Vaccination North-Western Provinces and Oudh 1896-1901 - 1896-1901
Year: 1896
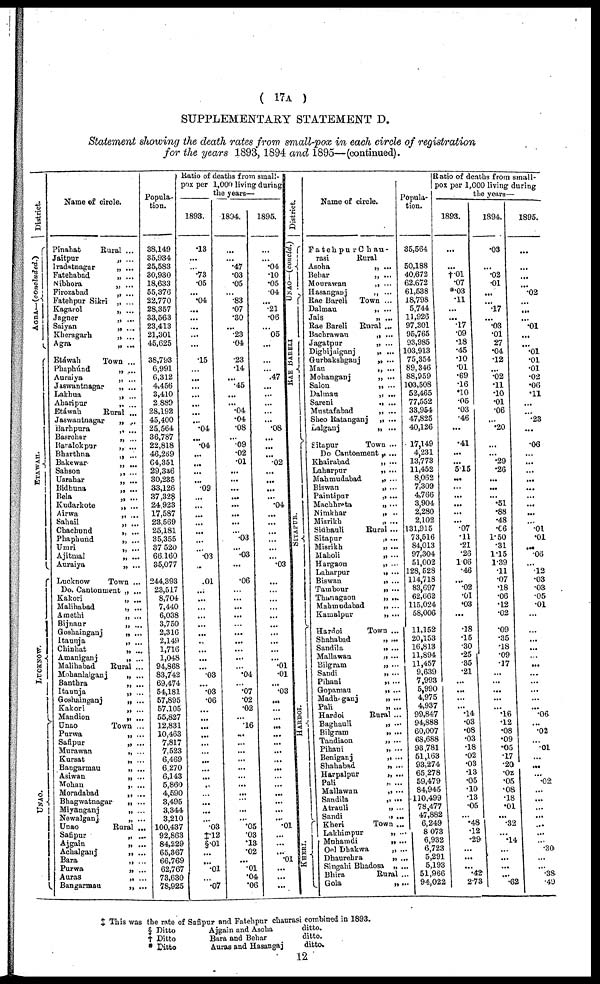
( 17A )
SUPPLEMENTARY STATEMENT D.
Statement showing the death rates from small-pox in each circle of registration
for the years 1893, 1894 and 1895—(continued).
District.
AGRA— (concluded.)
E T AWAH.
LUCKNOW.
UNAO.
Name of circle.
Pinahat
Jaitpur
Iradatnagar
Fatehabad
Nibhora
Firozabad
Fatehpur Sikri
Kagarol
Jagner
Saiyan
Kheragarh
Agra
Etáwah
Phaphúnd
Auraiya
Jaswantnagar
Lakhua
Aharipur
Etáwah
Jaswantnagar
Barhpura
Basrehar
Baralokpur
Bharthna
Bakewar
Sahson
Usrahar
Bidhuna
Bela
Kudarkote
Airwa
Sahail
Chachund
Phaphund
Umri
Ajitmal
Auraiya
Lucknow
Do. Cantonment
Kakori
Malihabad
Amethi
Bijnaur
Goshainganj
Itaunja
Chinhat
Amaniganj
Malihabad
Mohanlalganj
Banthra
Itaunja
Goshainganj
Kakori
Mandion
Unao
Purwa
Safipur
Murawan
Kursat
Bangarmau
Asiwan
Mohan
Moradabad
Bhagwatnagar
Miyanganj
Newalganj
Unao
Safipur
Ajgain
Achalganj
Bara
Purwa
Auras
Bangarmau
Rural ...
„ ...
„ ...
„ ...
„ ...
„ ...
„ ...
„ ...
„ ...
„ ...
„ ...
„ ...
Town ...
„ ...
„ ...
„ ...
„ ...
„ ...
Rural ...
„ ...
„ ...
„ ...
„ ...
„ ...
„ ...
„ ...
„ ...
„ ...
„ ...
„ ...
„ ...
„ ...
„ ...
„ ...
„ ...
„ ...
„ ...
Town ...
„ ...
„ ...
„ ...
„ ...
„ ...
„ ...
„ ...
„ ...
„ ...
Rural ...
„ ...
„ ...
„ ...
„ ...
„ ...
„ ...
Town ...
„ ...
„ ...
„ ...
„ ...
„ ...
„ ...
„ ...
„ ...
„ ...
„ ...
„ ...
Rural ...
„ ...
„ ...
„ ...
„ ...
„ ...
„ ...
„ ...
Popula-
tion.
38,149
35,934
25,583
30,930
18,633
55,376
22,770
28,357
33,563
23,413
21,301
45,625
38,793
6,991
6,312
4,456
3,410
2,889
28,192
45,400
25,564
36,787
22,818
46,269
64,351
29,336
30,235
33,126
37,328
24,923
17,587
23,569
25,181
35,355
37,520
66,160
35,077
244,393
23,517
8,704
7,440
6,038
3,750
2,316
2,149
1,716
1,048
94,868
83,742
69,474
54,181
57,895
57,105
55,827
12,831
10,463
7,817
7,523
6,469
6,270
6,143
5,860
4,590
3,495
3,344
3,210
100,437
92,863
84,229
65,367
66,769
62,767
73,630
78,925
Ratio of deaths from small-
pox per 1,000 living during
the years—
1893.
.13
...
...
.73
.05
...
.04
...
...
...
...
...
.15
...
...
...
...
...
...
...
.04
...
.04
...
...
...
...
.09
...
...
...
...
...
...
...
.03
...
.01
...
...
...
...
...
...
...
...
...
...
.03
...
.03
.06
...
...
...
...
...
...
...
...
...
...
...
...
...
...
.03
†.12
§.01
...
...
.01
...
.07
1894.
...
...
.47
.03
.05
...
.83
.07
.30
...
.23
.04
.23
.14
...
.45
...
...
.04
.04
.08
...
.09
.02
.01
...
...
...
...
...
...
...
...
.03
...
.03
...
.06
...
...
...
...
...
...
...
...
...
...
.04
...
.07
.02
.02
...
.16
...
...
...
...
...
...
...
...
...
...
...
.05
.03
.13
.02
...
.01
.04
.06
1895.
...
...
.04
.10
.05
.04
...
.21
.06
...
05
...
...
...
.47
...
...
...
...
...
.08
...
...
...
.02
...
...
...
...
.04
...
...
...
...
...
...
.03
...
...
...
...
...
...
...
...
...
...
.01
.01
...
.03
...
...
...
...
...
...
...
...
...
...
...
...
...
...
...
.01
...
...
...
.01
...
...
...
District.
UNAO—(concld.)
RAE BARELI
SITAPUR.
HARDOI.
KHERI.
Name of circle.
Fatehpur Chau-
rasi
Rural
Asoha
Behar
Mourawan
Hasanganj
Rae Bareli
Dalmau
Jais
Rae Bareli
Bachrawan
Jagatpur
Dighijaiganj
Gurbakshganj
Mau
Mohanganj
Salon
Dalman
Sareni
Mustafabad
Sheo Ratanganj
Lalganj
Sitapur
Do Cantonment
Khairabad
Laharpur
Mahmudabad
Biswan
Paintipur
Machhreta
Nimkhar
Misrikh
Sidhauli
Sitapur
Misrikh
Maholi
Hargaon
Laharpur
Biswan
Tambour
Thanagaon
Mahmudabad
Kamalpur
Hardoi
Shahabad
Sandila
Mallawan
Bilgram
Sandi
Pihani
Gopamau
Madhoganj
Pali
Hardoi
Baghauli
Bilgram
Tandiaon
Pihani
Beniganj
Shahabad
Harpalpur
Pali
Mallawan
Sandila
Atrauli
Sandi
Kheri
Lakhimpur
Muhamdi
Oe1 Dhakwa
Dhaurehra
Singahi Bhadosa
Bhira
Gola
„ ...
„ ...
„ ...
„ ...
Town ...
„ ...
„ ...
Rural ...
„ ...
„ ...
„ ...
„ ...
„ ...
„ ...
„ ...
„ ...
„ ...
„ ...
„ ...
„ ...
Town ...
„ ...
„ ...
„ ...
„ ...
„ ...
„ ...
„ ...
„ ...
„ ...
Rural ...
„ ...
„ ...
„ ...
„ ...
„ ...
„ ...
„ ...
„ ...
„ ...
„ ...
Town ...
„ ...
„ ...
„ ...
„ ...
„ ...
„ ...
„ ...
„ ...
„ ...
Rural ...
„ ...
„ ...
„ ...
„ ...
„ ...
„ ...
„ ...
„ ...
„ ...
„ ...
„ ...
„ ...
Town ...
„ ...
„ ...
„ ...
„ ...
„ ...
Rural ...
„ ...
Popula-
tion.
35,564
50,188
40,672
62,672
61,538
18,798
5,744
11,926
97,301
95,765
93,985
103,913
75,354
89,346
88,959
103,508
52,465
77,552
33,954
47,825
40,126
17,149
4,231
13,773
11,452
8,062
7,309
4,766
3,904
2,280
2,102
131,915
73,516
84,013
97,304
51,002
128, 528
114,718
83,697
62,662
115,024
58,006
11,152
20,153
16,813
11,894
11,457
9,639
7,993
5,990
4,975
4,937
99,847
94,888
60,007
68,688
93,781
51,163
93,274
65,278
59,479
84,945
110,499
78,477
47,882
6,249
8,073
6,932
6,723
5,291
5,193
51,966
94,022
Ratio of deaths from small-
pox per 1,000 living during
the years—
1893.
...
...
†.01
.07
*.03
.11
...
...
.17
.09
.18
.45
.10
.01
.69
.16
.10
.05
.03
.46
...
.41
...
...
5.15
...
...
...
...
...
...
.07
.11
.21
.26
1.06
.46
...
.02
.01
.03
...
.18
.15
.30
.25
.35
.21
...
...
...
... .14
.03
.08
.03
.18
.02
.03
.13
.05
.10
.13
.05
...
.48
.12
.29
...
...
...
.42
2.73
1894.
.03
...
.02
.01
...
.17
...
.03
.01
27
.04
.12
...
.02
.11
.10
.01
.06
...
.20
...
...
.29
.26
...
...
...
.51
.88
.48
.06
1.50
.31
1.15
1.39
.11
.07
.18
.06
.12
.02
.09
.35
.18
.09
.17
...
...
...
...
... .16
.12
.08
.09
.05
.17
.20
.02
.05
.08
.18
.01
...
.32
...
.14
...
...
...
...
.62
1895.
...
...
...
.02
...
...
.01
...
...
.01
.01
.01
.02
.06
.11
...
...
.23
...
.06
...
...
...
...
...
...
...
...
...
.01
.01
...
.06
... .12
.03
.03
.05
.01
...
...
...
...
...
...
...
...
...
...
... .06
...
.02
...
.01
...
...
...
.02
...
...
...
...
...
...
...
.30
...
...
.38
.49
‡ This was the rate of Safipur and Fatehpur chaurasi combined in 1893.
§ Ditto
† Ditto
* Ditto
Ajgain and Asoha
Bura and Behar
Auras and Hasangaj
ditto.
ditto.
ditto.
12